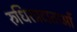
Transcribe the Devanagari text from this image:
रुधिरप्रदाताओं